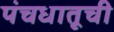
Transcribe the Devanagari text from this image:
पंचधातूची